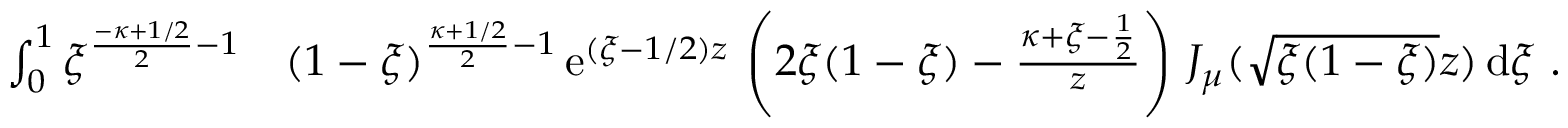
\begin{array} { r } { \begin{array} { r l } { \int _ { 0 } ^ { 1 } \xi ^ { \frac { - \kappa + 1 / 2 } { 2 } - 1 } } & { ( 1 - \xi ) ^ { \frac { \kappa + 1 / 2 } { 2 } - 1 } \, \mathrm { e } ^ { ( \xi - 1 / 2 ) z } \, \left( 2 \xi ( 1 - \xi ) - \frac { \kappa + \xi - \frac { 1 } { 2 } } { z } \right) \, J _ { \mu } ( \sqrt { \xi ( 1 - \xi ) } z ) \, \mathrm { d } \xi \ . } \end{array} } \end{array}